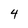
Character: 4